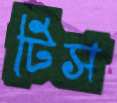
টিস